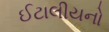
ઈટાલીયનો